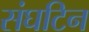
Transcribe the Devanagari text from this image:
संघटिन